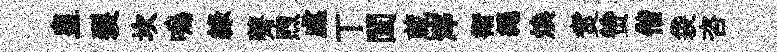
皇裂坎嗚綠薺煦處丅闔蔵滓衛繩煥煑赞偕袋咨